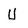
Character: U